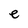
Character: e